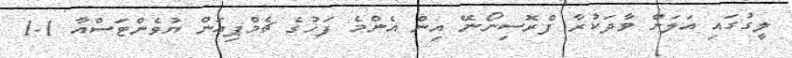
ލީގުގައި އަލަށް ވާދަކުރާ ފްރޮސިނޯނޭ އިން އެންމެ ފަހުގެ ޗެމްޕިއަން ޔުވެންޓަސްއާ 1-1